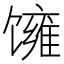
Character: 𬳓